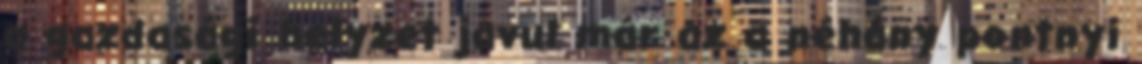
a gazdasági helyzet javul már az a néhány pontnyi